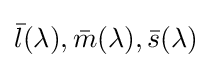
{\bar {l}}(\lambda ),{\bar {m}}(\lambda ),{\bar {s}}(\lambda )